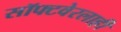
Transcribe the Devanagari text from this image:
सॉफ्टवेरलाही